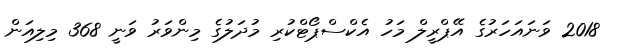
2018 ވަނައަހަރުގެ އޭޕްރީލް މަހު އެކްސްޕޯޓްކުރި މުދަލުގެ މިންވަރު ވަނީ 368 މިލިއަން